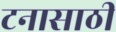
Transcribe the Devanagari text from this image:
टनासाठी